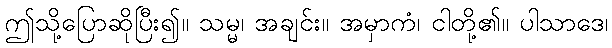
ဤသို့ပြောဆိုပြီး၍။ သမ္မ၊ အချင်း။ အမှာကံ၊ ငါတို့၏။ ပါသာဒေ၊